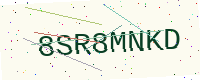
Text: 8SR8MNKD